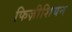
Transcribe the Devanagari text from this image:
फिज़ीशियन